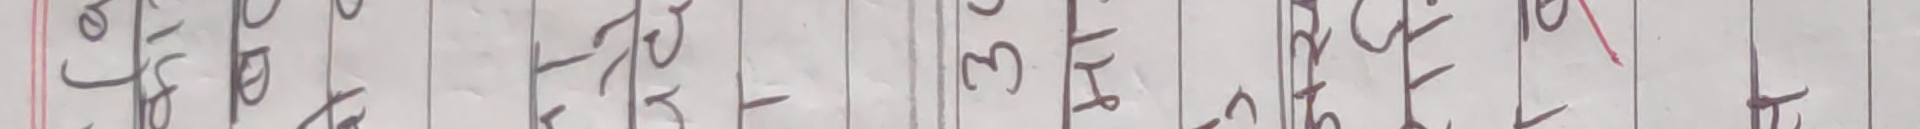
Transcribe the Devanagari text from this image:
के हो